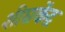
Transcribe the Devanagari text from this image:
शीघ्रकेंद्र